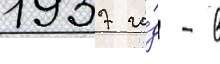
1937 го́д - в